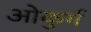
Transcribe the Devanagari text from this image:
ओकुर्ग